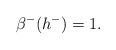
LaTeX: \begin{align*}\beta^-(h^-)=1. \end{align*}